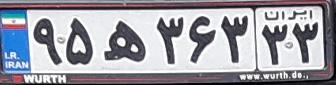
۹۵ه۳۶۳۳۳